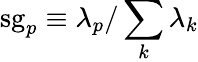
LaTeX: \mathrm{sg}_{p}\equiv\lambda_{p}/\sum_{k}\lambda_{k}